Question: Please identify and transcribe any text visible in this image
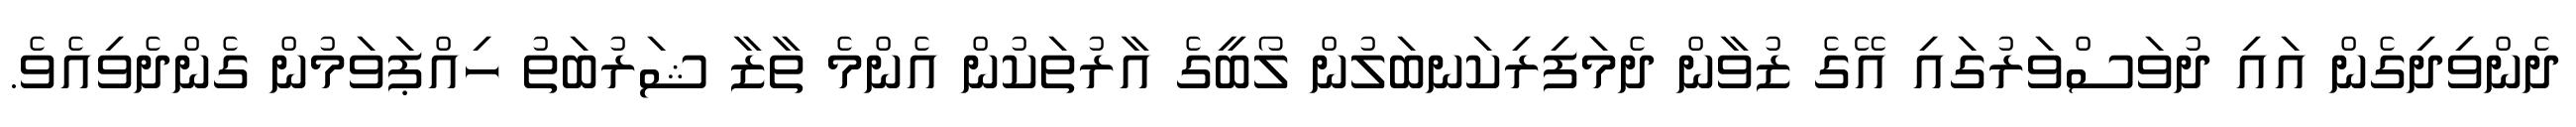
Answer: ދެންވިދިގެން އައި ދުވަސްވަރުގައި އޭގެ ޒުވާން ދެމަފިރިކަނބަލުން ލޯބީގެ އާރުތަކުން އެންމެ ތާޒާ ޝަރުބަތު ހިއްޕަވަމުން ގެންދެވިއެވެ.